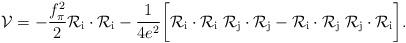
LaTeX: \begin{align*}{\cal V}=-{f_\pi^2\over 2} {\cal R}_{\mathrm{i}}\cdot{\cal R}_{\mathrm{i}} -{1\over{4 e^2}}\biggl [{\cal R}_{\mathrm{i}}\cdot{\cal R}_{\mathrm{i}}\;{\cal R}_{\mathrm{j}}\cdot{\cal R}_{\mathrm{j}} -{\cal R}_{\mathrm{i}}\cdot{\cal R}_{\mathrm{j}}\;{\cal R}_{\mathrm{j}}\cdot{\cal R}_{\mathrm{i}}\biggr ].\end{align*}